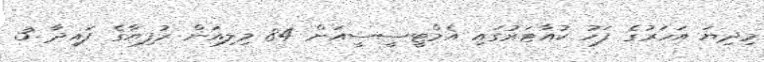
މިދިޔަ އަހަރުގެ ފަހު ކުއާޓަރުގައި އެމްޓީސީސީއަށް 84 މިލިއަން ރުފިޔާގެ ފައިދާ 3